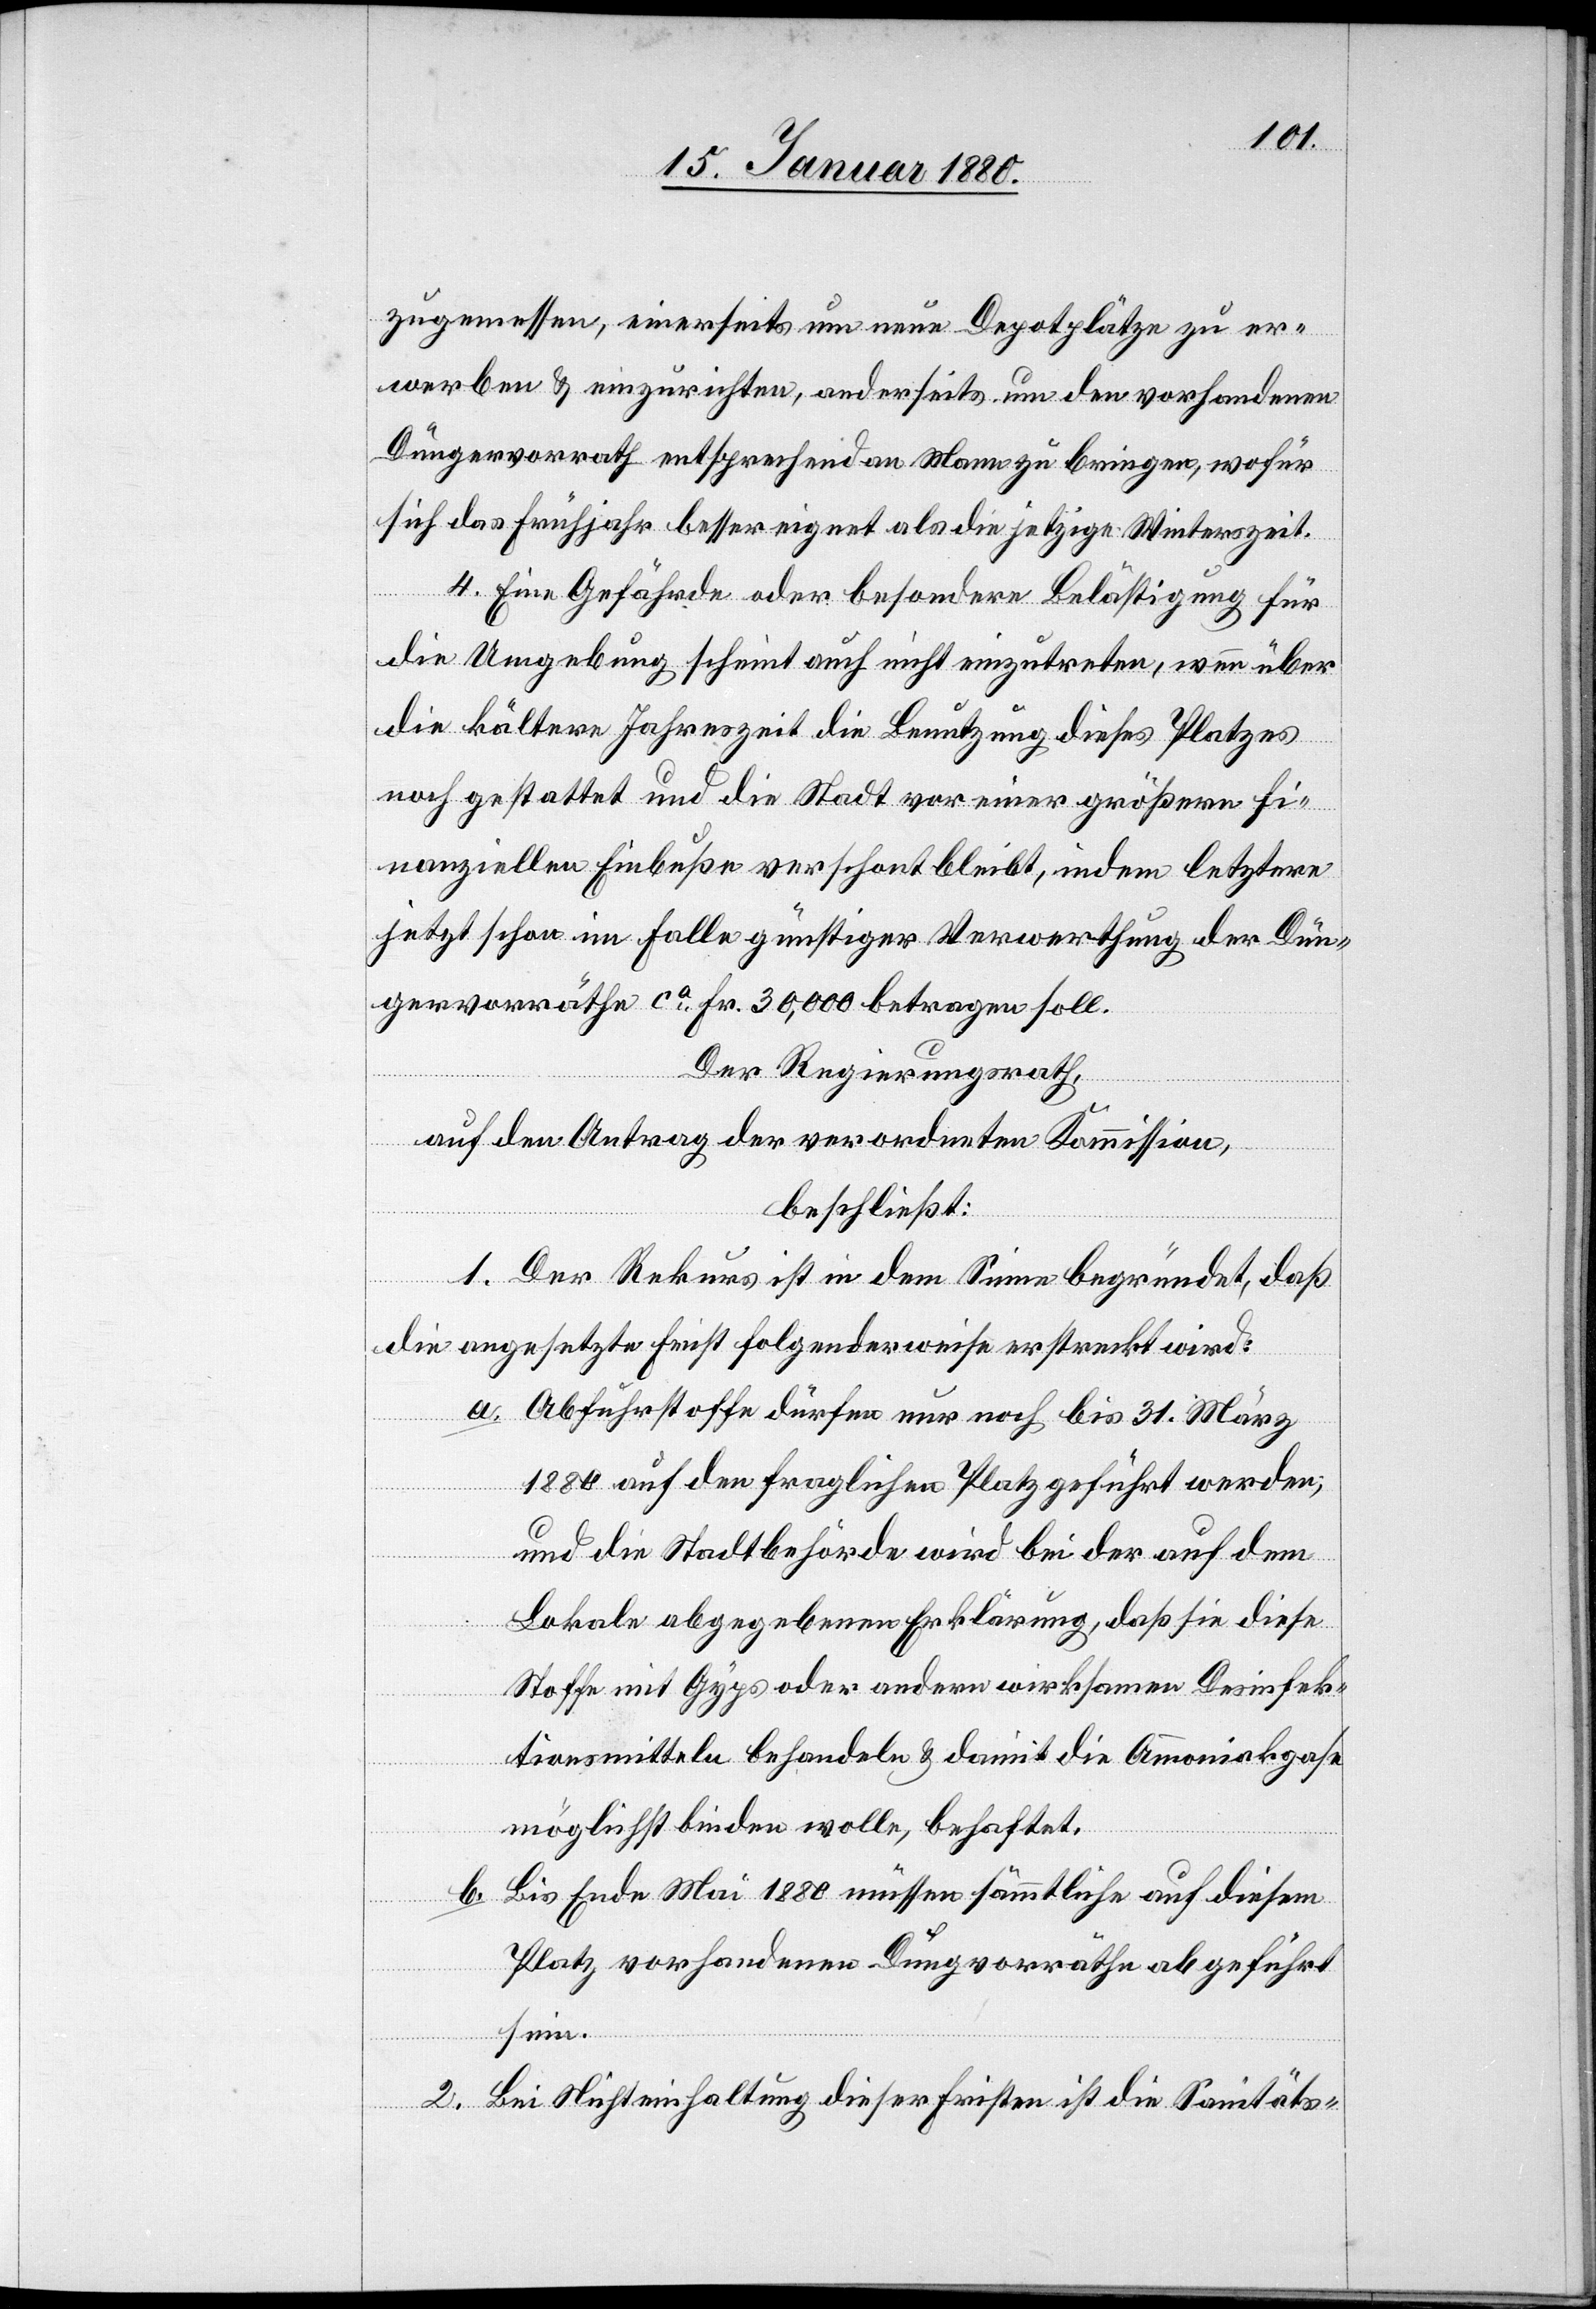
zugemessen, einerseits um neue Depotplätze zu er¬
werben & einzurichten, anderseits um den vorhandenen
Düngervorrath entsprechend an Mann zu bringen, wofür
sich das Frühjahr besser eignet als die jetzige Winterszeit.
4. Eine Gefährde oder besondere Belästigung für
die Umgebung scheint auch nicht einzutreten, wenn über
die kältere Jahreszeit die Benutzung dieses Platzes
noch gestattet und die Stadt vor einer größern fi¬
nanziellen Einbuße verschont bleibt, indem letztere
jetzt schon im Falle günstiger Verwertung der Dün¬
gervorräthe ca Fr. 30, 000 betragen soll.
Der Regierungsrath,
auf den Antrag der verordneten Kommission,
beschließt:
1. Der Rekurs ist in dem Sinne begründet, daß
die angesetzte Frist folgenderweise erstreckt wird:
a. Abfuhrstoffe dürfen nur noch bis 31. März
1880 auf den fraglichen Platz geführt werden;
und die Stadtbehörde wird bei der auf dem
Lokale abgegebenen Erklärung, daß sie diese
Stoffe mit Gyps oder andern wirksamen Desinfek¬
tionsmitteln behandeln & damit die Ammoniakgase
möglichst binden wolle, behaftet.
Bis Ende Mai 1880 müssen sämmtliche auf diesem
b.
Platz vorhandenen Düngervorräthe abgeführt
sein.
2. Bei Nichteinhaltung dieser Fristen ist die Sanitäts-